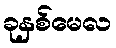
ခုနှစ်မေလ